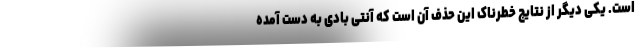
است. یکی دیگر از نتایج خطرناک این حذف آن است که آنتی بادی به دست آمده